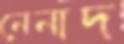
নেনাদ